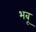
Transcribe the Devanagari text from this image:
भबू